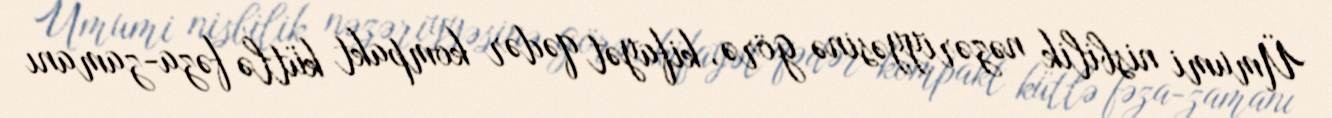
Ümumi nisbilik nəzəriyyəsinə görə, kifayət qədər kompakt kütlə fəza-zamanı